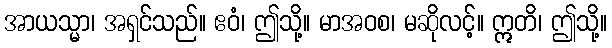
အာယသ္မာ၊ အရှင်သည်။ ဧဝံ၊ ဤသို့။ မာအဝစ၊ မဆိုလင့်။ ဣတိ၊ ဤသို့။